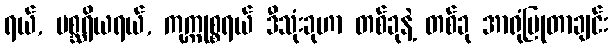
ရယ်, မစ္ဆရိယရယ်, ကုက္ကုစ္စရယ် ဒီသုံးခုဟာ တစ်ခုနဲ့ တစ်ခု အာရုံပြုတာချင်း